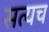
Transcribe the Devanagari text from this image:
सत्यच